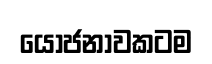
යෝජනාවකටම